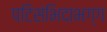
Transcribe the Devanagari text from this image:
पटिसंभिदाभग्ग